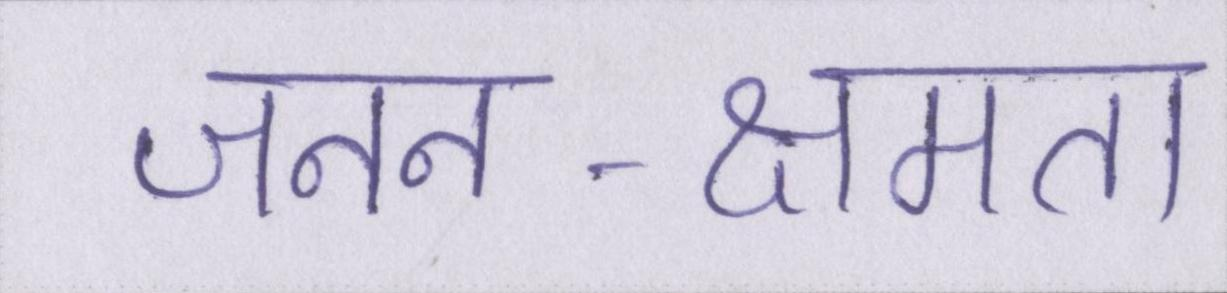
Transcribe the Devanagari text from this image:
जनन-क्षमता